Sketch of the medical history of the native army of Bombay, for the year
Year: 1875
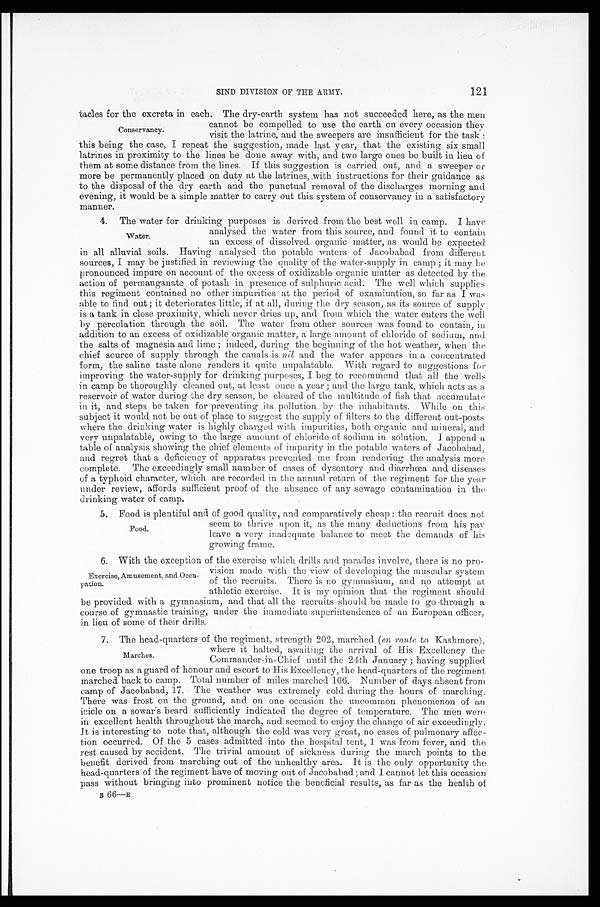
121
SIND DIVISION OF THE ARMY.
tacles for the excreta in each. The dry-earth system has not succeeded here, as the men
cannot be compelled to use the earth on every occasion they
visit the latrine, and the sweepers are insufficient for the task:
this being the case, I repeat the suggestion, made last year, that the existing six small
latrines in proximity to the lines be done away with, and two large ones be built in lieu of
them at some distance from the lines. If this suggestion is carried out, and a sweeper or
more be permanently placed on duty at the latrines, with instructions for their guidance as
to the disposal of the dry earth and the punctual removal of the discharges morning and
evening, it would be a simple matter to carry out this system of conservancy in a satisfactory m a n n e r .
4. The water for drinking purposes is derived from the best well in camp. I have
analysed the water from this source, and found it to contain
an excess of dissolved organic matter, as would be expected
in all alluvial soils. Having analysed the potable waters of Jacobabad from different
sources, I may be justified in reviewing the quality of the water-supply in camp; it may be
pronounced impure on account of the excess of oxidizable organic matter as detected by the
action of permanganate of potash in presence of sulphuric acid. The well which supplies
this regiment contained no other impurities at the period of examination, so far as I was
able to find out; it deteriorates little, if at all, during the dry season, as its source of supply
is a tank in close proximity, which never dries up, and from which the water enters the well
by percolation through the soil. The water from other sources was found to contain, in
addition to an excess of oxidizable organic matter, a large amount of chloride of sodium, and
the salts of magnesia and lime; indeed, during the beginning of the hot weather, when the
chief source of supply through the canals is nil and the water appears in a concentrated
form, the saline taste alone renders it quite unpalatable. With regard to suggestions for
improving the water-supply for drinking purposes, I beg to recommend that all the wells
in camp be thoroughly cleaned out, at least once a year; and the large tank, which acts as a
reservoir of water during the dry season, be cleared of the multitude of fish that accumulate
in it, and steps be taken for preventing its pollution by the inhabitants. While on this
subject it would not be out of place to suggest the supply of filters to the different out-posts
where the drinking water is highly charged with impurities, both organic and mineral, and
very unpalatable, owing to the large amount of chloride of sodium in solution. I append a
table of analysis showing the chief elements of impurity in the potable waters of Jacobabad,
and regret that a deficiency of apparatus prevented me from rendering the analysis more
complete. The exceedingly small number of cases of dysentery and diarrhœa and diseases
of a typhoid character, which are recorded in the annual return of the regiment for the year
under review, affords sufficient proof of the absence of any sewage contamination in the
drinking water of camp.
5. Food is plentiful and of good quality, and comparatively cheap: the recruit does not
seem to thrive upon it, as the many deductions from his pay
leave a very inadequate balance to meet the demands of his
growing frame.
6. With the exception of the exercise which drills and parades involve, there is no pro--
vision made with the view of developing the muscular system
of the recruits. There is no gymnasium, and no attempt at
athletic exercise. It is my opinion that the regiment should
be provided with a gymnasium, and that all the recruits should be made to go through a
course of gymnastic training, under the immediate superintendence of an European officer,
in lieu of some of their drills.
7. The head-quarters of the regiment, strength 202, marched (en route to Kashmore),
where it halted, awaiting the arrival of His Excellency the
Commander-in-Chief until the 24th January; having supplied
one troop as a guard or honour and escort to His Excellency, the head-quarters of the regiment
marched back to camp. Total number of miles marched 166. Number of days absent from
camp of Jacobabad, 17. The weather was extremely cold during the hours of marching.
There was frost on the ground, and on one occasion the uncommon phenomenon of an
icicle on a sowar's beard sufficiently indicated the degree of temperature. The men were
in excellent health throughout the march, and seemed to enjoy the change of air exceedingly.
it is interesting to note that, although the cold was very great, no cases of pulmonary affec-
-tion occurred. Of the 5 cases admitted into the hospital tent, 1 was from fever, and the
rest caused by accident. The trivial amount of sickness during the march points to the
benefit derived from marching out of the unhealthy area. It is the only opportunity the
head-quarters of the regiment have of moving out of Jacobabad; and I cannot let this occasion
pass without bringing into prominent notice the beneficial results, as far as the health of
B 66—E
Conservancy.
Water.
Food.
Exercise, Amusement, and
Occu-pation.
Marches.